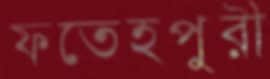
ফতেহপুরী